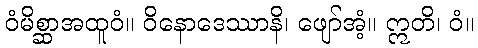
ဝံမိစ္ဆာအထူဝံ။ ဝိနောဒေဿာနိ၊ ဖျော်အံ့။ ဣတိ၊ ဝံ။